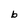
Character: b